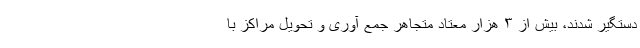
دستگیر شدند، بیش از ۳ هزار معتاد متجاهر جمع آوری و تحویل مراکز با